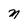
Character: M